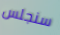
سنجلس